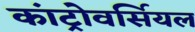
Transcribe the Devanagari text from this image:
कांट्रोवर्सियल